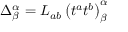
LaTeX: \Delta _ { \beta } ^ { \alpha } = L _ { a b } \left( t ^ { a } t ^ { b } \right) _ { \beta } ^ { \alpha }